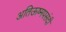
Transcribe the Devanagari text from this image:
अतिऊष्मपसंदी